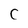
Character: c